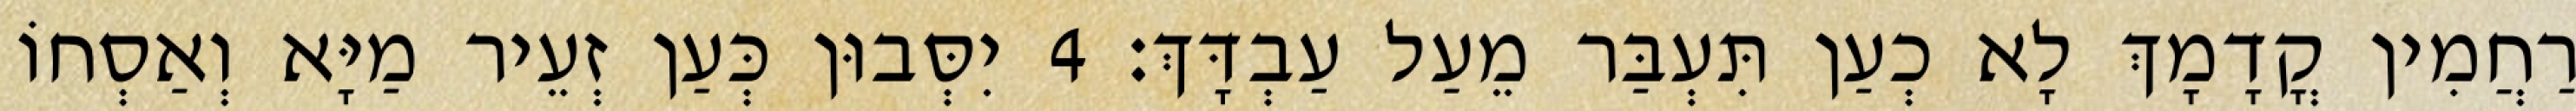
רַחֲמִין קֳדָמָךְ לָא כְעַן תִּעְבַּר מֵעַל עַבְדָּךְ׃ 4 יִסְּבוּן כְּעַן זְעֵיר מַיָּא וְאַסְחוֹ